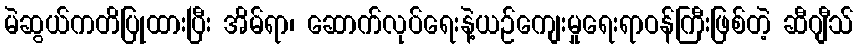
မဲဆွယ်ကတိပြုထားပြီး အိမ်ရာ၊ ဆောက်လုပ်ရေးနဲ့ယဉ်ကျေးမှုရေးရာဝန်ကြီးဖြစ်တဲ့ ဆီဂျီသ်